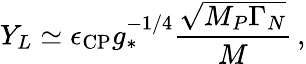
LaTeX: Y_{L}\simeq\epsilon_{\mathrm{CP}}g_{*}^{-1/4}\frac{\sqrt{M_{P}\Gamma_{N}}}{M}\, ,